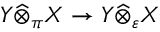
Y { \widehat { \otimes } } _ { \pi } X \to Y { \widehat { \otimes } } _ { \varepsilon } X